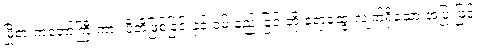
မြို့စားကတော်ကြီးကား ပီတိဖြစ်ခြင်းနှင့် ဝမ်းနည်းခြင်းတို့ ရောထွေးလျက်ရှိသော အပြုံးဖြင့်